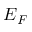
E _ { F }